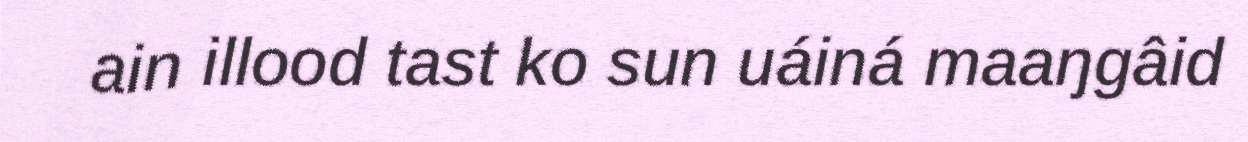
ain illood tast ko sun uáiná maaŋgâid